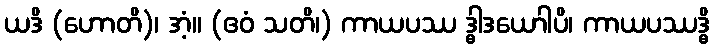
ယဒိ (ဟောတိ)၊ အံ့။ (ဧဝံ သတိ၊) ကာယပဿ ဒ္ဓါဒယောါပိ၊ ကာယပဿဒ္ဓိ